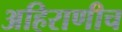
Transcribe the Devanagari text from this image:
अहिराणीच